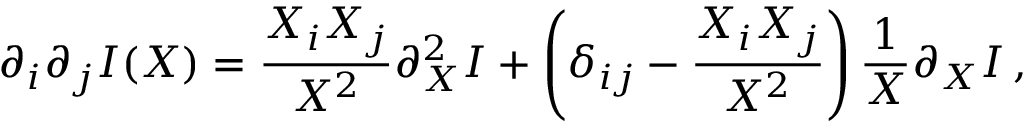
\partial _ { i } \partial _ { j } I ( X ) = \frac { X _ { i } X _ { j } } { X ^ { 2 } } \partial _ { X } ^ { 2 } I + \left( { \delta _ { i j } } - \frac { X _ { i } X _ { j } } { X ^ { 2 } } \right) \frac { 1 } { X } \partial _ { X } I \, ,